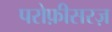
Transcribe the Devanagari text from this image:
परोफ़ीसरज़